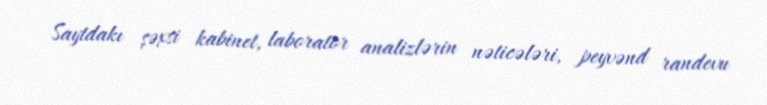
Saytdakı şəxsi kabinet, laborator analizlərin nəticələri, peyvənd randevu